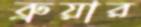
ব্রুয়ার